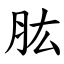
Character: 肱